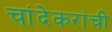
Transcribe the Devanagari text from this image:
चांदेकरांची